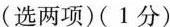
(选两项)(1分)